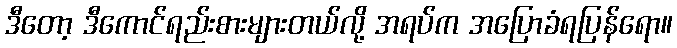
ဒီတော့ ဒီကောင်ရည်းစားများတယ်လို့ အရပ်က အပြောခံရပြန်ရော။